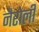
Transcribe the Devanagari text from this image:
नैरोली